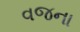
વજના